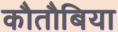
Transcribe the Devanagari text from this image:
कौतौबिया